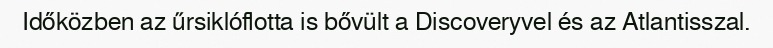
Időközben az űrsiklóflotta is bővült a Discoveryvel és az Atlantisszal.